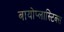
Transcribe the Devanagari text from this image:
बायोप्लास्टिक्स